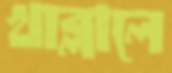
খাব্‌লালে